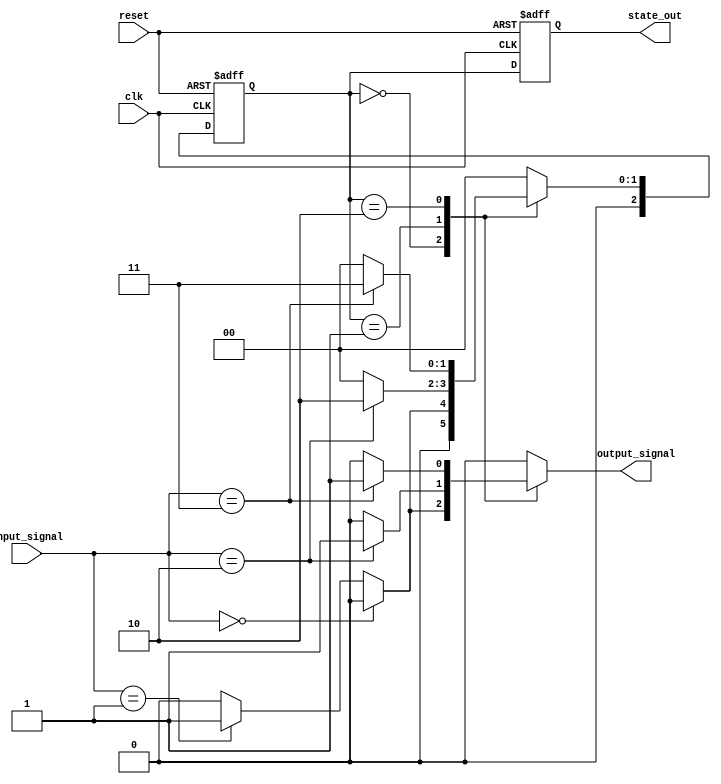
module N_bit_Mealy_FSM #(
    parameter N = 3,               // Number of bits for state representation
    parameter INPUT_WIDTH = 2      // Width of input signals
)(
    input wire clk,                // Clock signal
    input wire reset,              // Asynchronous reset signal
    input wire [INPUT_WIDTH-1:0] input_signal, // Input signals
    output reg [N-1:0] state_out,  // Current state output
    output reg output_signal        // Output signal
);

    // State encoding
    localparam S0 = 3'b000; // State 0
    localparam S1 = 3'b001; // State 1
    localparam S2 = 3'b010; // State 2
    localparam S3 = 3'b011; // State 3
    // Add more states as needed

    // State register
    reg [N-1:0] current_state, next_state;

    // State transition logic
    always @(*) begin
        case (current_state)
            S0: begin
                if (input_signal == 2'b00) begin
                    next_state = S0;
                    output_signal = 1'b0; // Output logic for S0
                end else if (input_signal == 2'b01) begin
                    next_state = S1;
                    output_signal = 1'b1; // Output logic for S1
                end else begin
                    next_state = S0;
                    output_signal = 1'b0;
                end
            end
            S1: begin
                if (input_signal == 2'b10) begin
                    next_state = S2;
                    output_signal = 1'b1; // Output logic for S2
                end else begin
                    next_state = S0;
                    output_signal = 1'b0;
                end
            end
            S2: begin
                if (input_signal == 2'b11) begin
                    next_state = S3;
                    output_signal = 1'b1; // Output logic for S3
                end else begin
                    next_state = S0;
                    output_signal = 1'b0;
                end
            end
            S3: begin
                next_state = S0; // Default transition
                output_signal = 1'b0; // Output logic for S3
            end
            default: begin
                next_state = S0;
                output_signal = 1'b0;
            end
        endcase
    end

    // State register update
    always @(posedge clk or posedge reset) begin
        if (reset) begin
            current_state <= S0; // Initialize to state S0
            state_out <= S0;     // Output current state
        end else begin
            current_state <= next_state; // Update state on clock edge
            state_out <= current_state;   // Output current state
        end
    end

endmodule